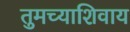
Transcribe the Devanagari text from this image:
तुमच्याशिवाय